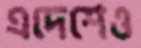
এদেশেও